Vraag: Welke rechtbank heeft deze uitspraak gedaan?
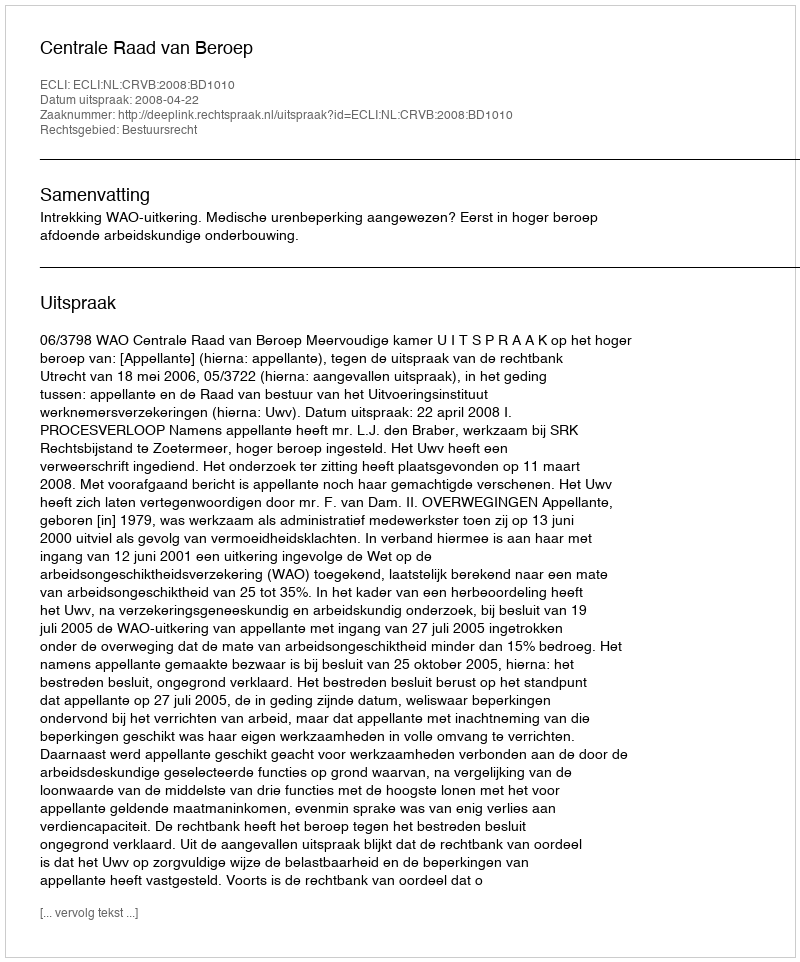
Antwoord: Centrale Raad van Beroep